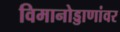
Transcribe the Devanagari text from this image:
विमानोड्डाणांवर